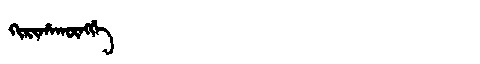
Manchu: ᡴᡳᡵᡳᡥᠠᡴᡡᠩᡤᡝ
Romanization: KIRIHAKŪNGGE